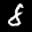
Label: 8